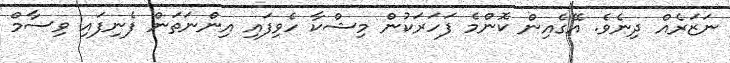
ނަޒަރެއް ދިނެވެ. އޭގެއިން ކޮންމެ ފަހަރަކުން މިޝްކާ ހެވިފައި އިންނަތަން ފެނިފައި ވިސާމް